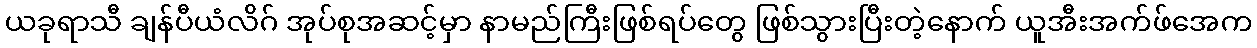
ယခုရာသီ ချန်ပီယံလိဂ် အုပ်စုအဆင့်မှာ နာမည်ကြီးဖြစ်ရပ်တွေ ဖြစ်သွားပြီးတဲ့နောက် ယူအီးအက်ဖ်အေက